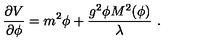
{ \frac { \partial V } { \partial \phi } } = { m ^ { 2 } \phi } + { \frac { g ^ { 2 } \phi M ^ { 2 } ( \phi ) } { \lambda } } \ .